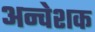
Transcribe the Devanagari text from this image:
अन्वेशक